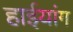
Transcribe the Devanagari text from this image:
हाईयांग